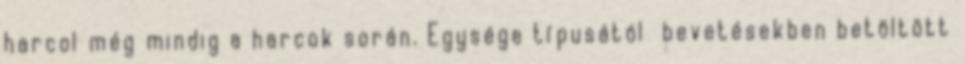
harcol még mindig a harcok során. Egysége típusától bevetésekben betöltött